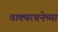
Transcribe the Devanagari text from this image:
वाक्यरचनेच्या